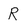
Character: R